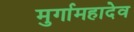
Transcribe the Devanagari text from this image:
मुर्गामहादेव